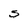
Character: S